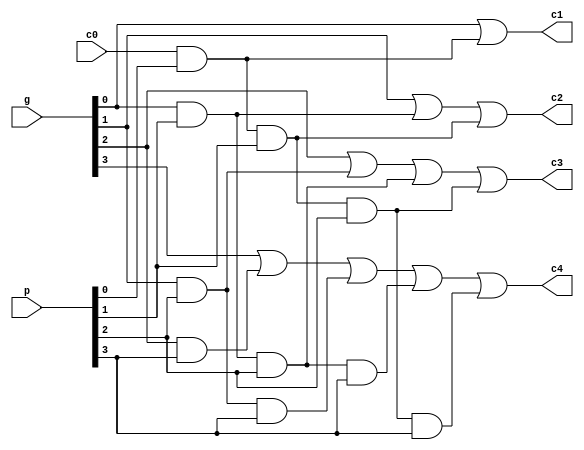
//Logic for generating the carries in carry-lookahead adder. refer CLA theory.
module carry(c1,c2,c3,c4,p,g,c0);
	output c1,c2,c3,c4;
	input [3:0] p,g;
	input c0;
	assign c1 = g[0] | c0&p[0] ; 
	assign c2 = g[1] | g[0]&p[1] | c0&p[0]&p[1];
	assign c3 = g[2] | g[1]&p[2] | g[0]&p[1]&p[2] | c0&p[0]&p[1]&p[2];
	assign c4 = g[3] | g[2]&p[3] | g[1]&p[2]&p[3] | g[0]&p[1]&p[2]&p[3] | c0&p[0]&p[1]&p[2]&p[3];
endmodule